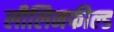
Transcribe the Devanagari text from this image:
लीलिनफील्ड